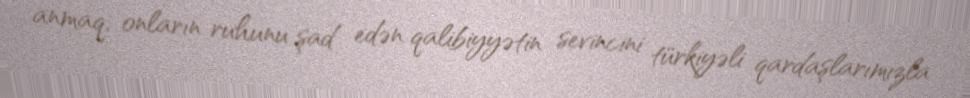
anmaq, onların ruhunu şad edən qalibiyyətin sevincini türkiyəli qardaşlarımızla